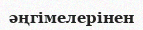
әңгімелерінен